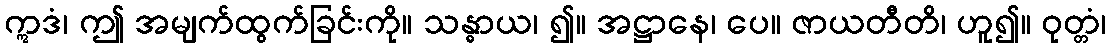
ဣဒံ၊ ဤ အမျက်ထွက်ခြင်းကို။ သန္ဓာယ၊ ၍။ အဋ္ဌာနေ၊ ပေ။ ဇာယတီတိ၊ ဟူ၍။ ဝုတ္တံ၊